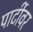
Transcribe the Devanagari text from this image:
पार्टीवर